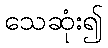
သေဆုံး၍